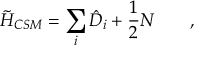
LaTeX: \tilde { H } _ { C S M } = \sum _ { i } \hat { D } _ { i } + \frac { 1 } { 2 } N \qquad ,